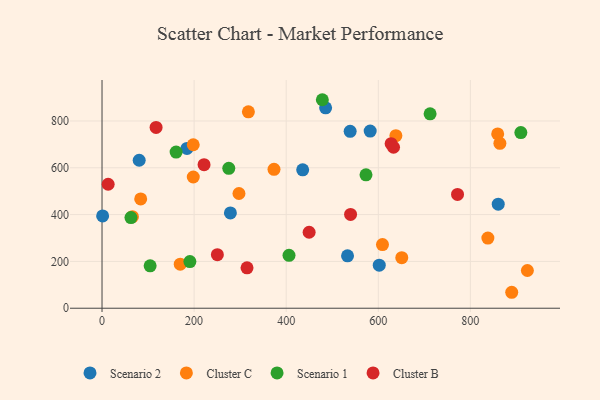
{"axis": {"x": "Engine Size", "y": "Sales"}, "legend": ["Cluster B", "Cluster C", "Scenario 1", "Scenario 2"], "data": [{"x": "278.8", "y": 407.2, "type": "Scenario 2"}, {"x": "602.1", "y": 183.8, "type": "Scenario 2"}, {"x": "582.4", "y": 756.8, "type": "Scenario 2"}, {"x": "435.8", "y": 591.4, "type": "Scenario 2"}, {"x": "860.5", "y": 444.4, "type": "Scenario 2"}, {"x": "80.7", "y": 632.1, "type": "Scenario 2"}, {"x": "533.2", "y": 223.8, "type": "Scenario 2"}, {"x": "485.6", "y": 856.2, "type": "Scenario 2"}, {"x": "538.9", "y": 755.8, "type": "Scenario 2"}, {"x": "1.3", "y": 394.3, "type": "Scenario 2"}, {"x": "184.5", "y": 682.8, "type": "Scenario 2"}, {"x": "838.0", "y": 299.6, "type": "Cluster C"}, {"x": "651.0", "y": 215.9, "type": "Cluster C"}, {"x": "198.1", "y": 698.3, "type": "Cluster C"}, {"x": "198.2", "y": 560.6, "type": "Cluster C"}, {"x": "864.1", "y": 704.6, "type": "Cluster C"}, {"x": "66.0", "y": 391.2, "type": "Cluster C"}, {"x": "317.9", "y": 838.9, "type": "Cluster C"}, {"x": "373.5", "y": 593.5, "type": "Cluster C"}, {"x": "297.4", "y": 490.1, "type": "Cluster C"}, {"x": "923.8", "y": 161.2, "type": "Cluster C"}, {"x": "609.1", "y": 271.8, "type": "Cluster C"}, {"x": "638.2", "y": 737.2, "type": "Cluster C"}, {"x": "859.3", "y": 744.4, "type": "Cluster C"}, {"x": "169.9", "y": 188.3, "type": "Cluster C"}, {"x": "889.8", "y": 68.1, "type": "Cluster C"}, {"x": "84.0", "y": 466.7, "type": "Cluster C"}, {"x": "573.3", "y": 569.7, "type": "Scenario 1"}, {"x": "190.8", "y": 199.1, "type": "Scenario 1"}, {"x": "909.6", "y": 750.2, "type": "Scenario 1"}, {"x": "275.3", "y": 597.6, "type": "Scenario 1"}, {"x": "712.5", "y": 830.6, "type": "Scenario 1"}, {"x": "160.9", "y": 667.0, "type": "Scenario 1"}, {"x": "406.1", "y": 225.8, "type": "Scenario 1"}, {"x": "104.5", "y": 181.2, "type": "Scenario 1"}, {"x": "62.8", "y": 387.3, "type": "Scenario 1"}, {"x": "478.5", "y": 890.7, "type": "Scenario 1"}, {"x": "627.9", "y": 702.8, "type": "Cluster B"}, {"x": "449.8", "y": 324.5, "type": "Cluster B"}, {"x": "539.8", "y": 400.8, "type": "Cluster B"}, {"x": "633.1", "y": 687.7, "type": "Cluster B"}, {"x": "250.5", "y": 228.7, "type": "Cluster B"}, {"x": "772.1", "y": 486.2, "type": "Cluster B"}, {"x": "13.3", "y": 529.6, "type": "Cluster B"}, {"x": "314.9", "y": 172.5, "type": "Cluster B"}, {"x": "117.4", "y": 772.3, "type": "Cluster B"}, {"x": "221.6", "y": 613.2, "type": "Cluster B"}]}